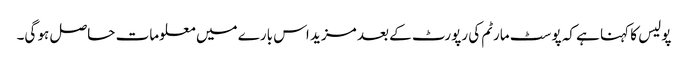
پولیس کا کہنا ہے کہ پوسٹ مارٹم کی رپورٹ کے بعد مزید اس بارے میں معلومات حاصل ہو گی۔